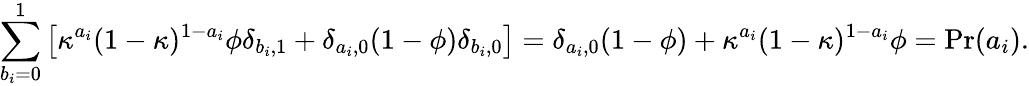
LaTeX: \sum_{b_{i}=0}^{1}\left[\kappa^{a_{i}}(1-\kappa)^{1-a_{i}}\phi\delta_{b_{i},1}+\delta_{a_{i},0}(1-\phi)\delta_{b_{i},0}\right]=\delta_{a_{i},0}(1-\phi)+\kappa^{a_{i}}(1-\kappa)^{1-a_{i}}\phi=\mathrm{Pr}(a_{i}).